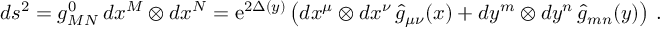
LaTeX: d s ^ { 2 } = g _ { M N } ^ { 0 } \, d x ^ { M } \otimes d x ^ { N } = \mathrm { e } ^ { 2 \Delta ( y ) } \left( d x ^ { \mu } \otimes d x ^ { \nu } \, \hat { g } _ { \mu \nu } ( x ) + d y ^ { m } \otimes d y ^ { n } \, \hat { g } _ { m n } ( y ) \right) \, .